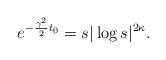
LaTeX: \begin{align*} e^{-\frac{\gamma^2}{2}t_0}= s |\log s|^{2\kappa}.\end{align*}